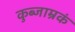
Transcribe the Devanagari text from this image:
कुब्जाम्रकं